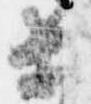
等